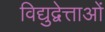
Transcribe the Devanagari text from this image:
विद्युद्वेत्ताओं